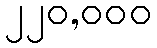
၂၂၀,၀၀၀